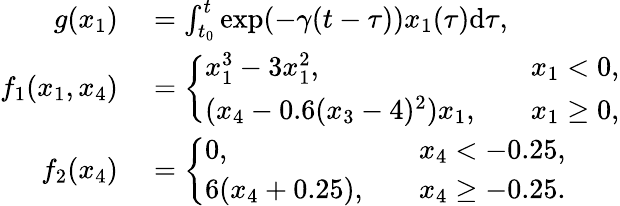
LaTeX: \begin{array}{rl}{g(x_{1})}&{{}=\int_{t_{0}}^{t}\exp(-\gamma(t-\tau))x_{1}(\tau)\mathrm{d}{\tau},}\\ {f_{1}(x_{1},x_{4})}&{{}=\left\{ \begin{array}{ll}{x_{1}^{3}-3x_{1}^{2},\quad}&{x_{1}<0,}\\ {(x_{4}-0.6(x_{3}-4)^{2})x_{1},\quad}&{x_{1}\geq 0,}\end{array}\right.}\\ {f_{2}(x_{4})}&{{}=\left\{ \begin{array}{ll}{0,\quad}&{x_{4}<-0.25,}\\ {6(x_{4}+0.25),\quad}&{x_{4}\geq-0.25.}\end{array}\right.}\end{array}